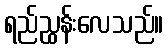
ရည်ညွှန်းလေသည်။